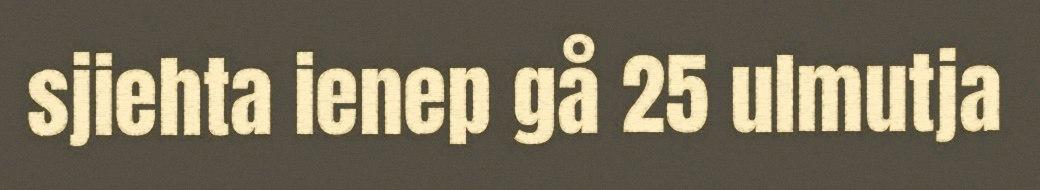
sjiehta ienep gå 25 ulmutja